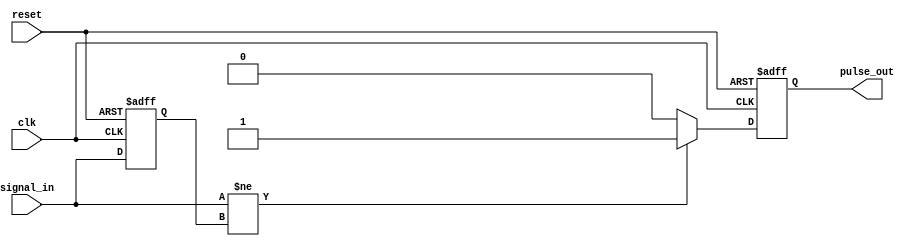
module pulse_edge_detector (
    input wire clk,              // Clock signal
    input wire reset,            // Asynchronous reset
    input wire signal_in,        // Input signal to detect edges
    output reg pulse_out         // Pulse output on edge detection
);

    reg signal_in_prev;          // Register to hold the previous state of signal_in

    // Asynchronous reset and edge detection logic
    always @(posedge clk or posedge reset) begin
        if (reset) begin
            signal_in_prev <= 1'b0; // Initialize previous state to low on reset
            pulse_out <= 1'b0;      // Clear pulse output
        end else begin
            // Edge detection logic
            if (signal_in != signal_in_prev) begin
                pulse_out <= 1'b1;   // Generate a pulse
            end else begin
                pulse_out <= 1'b0;   // Clear pulse if no edge detected
            end
            
            // Update the previous state
            signal_in_prev <= signal_in; // Store current state for next comparison
        end
    end

endmodule